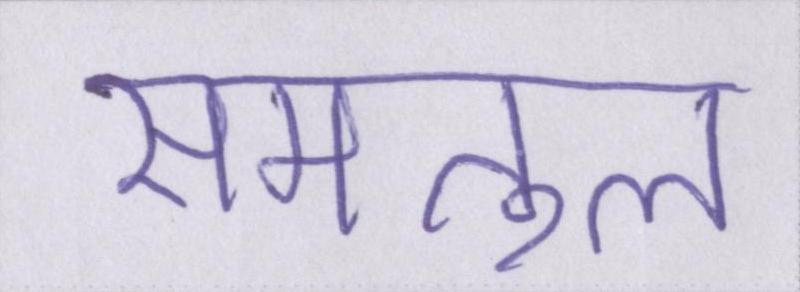
समतुल